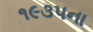
૧૯૩૫ના